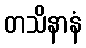
တသိနာနံ